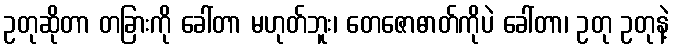
ဥတုဆိုတာ တခြားကို ခေါ်တာ မဟုတ်ဘူး၊ တေဇောဓာတ်ကိုပဲ ခေါ်တာ၊ ဥတု ဥတုနဲ့